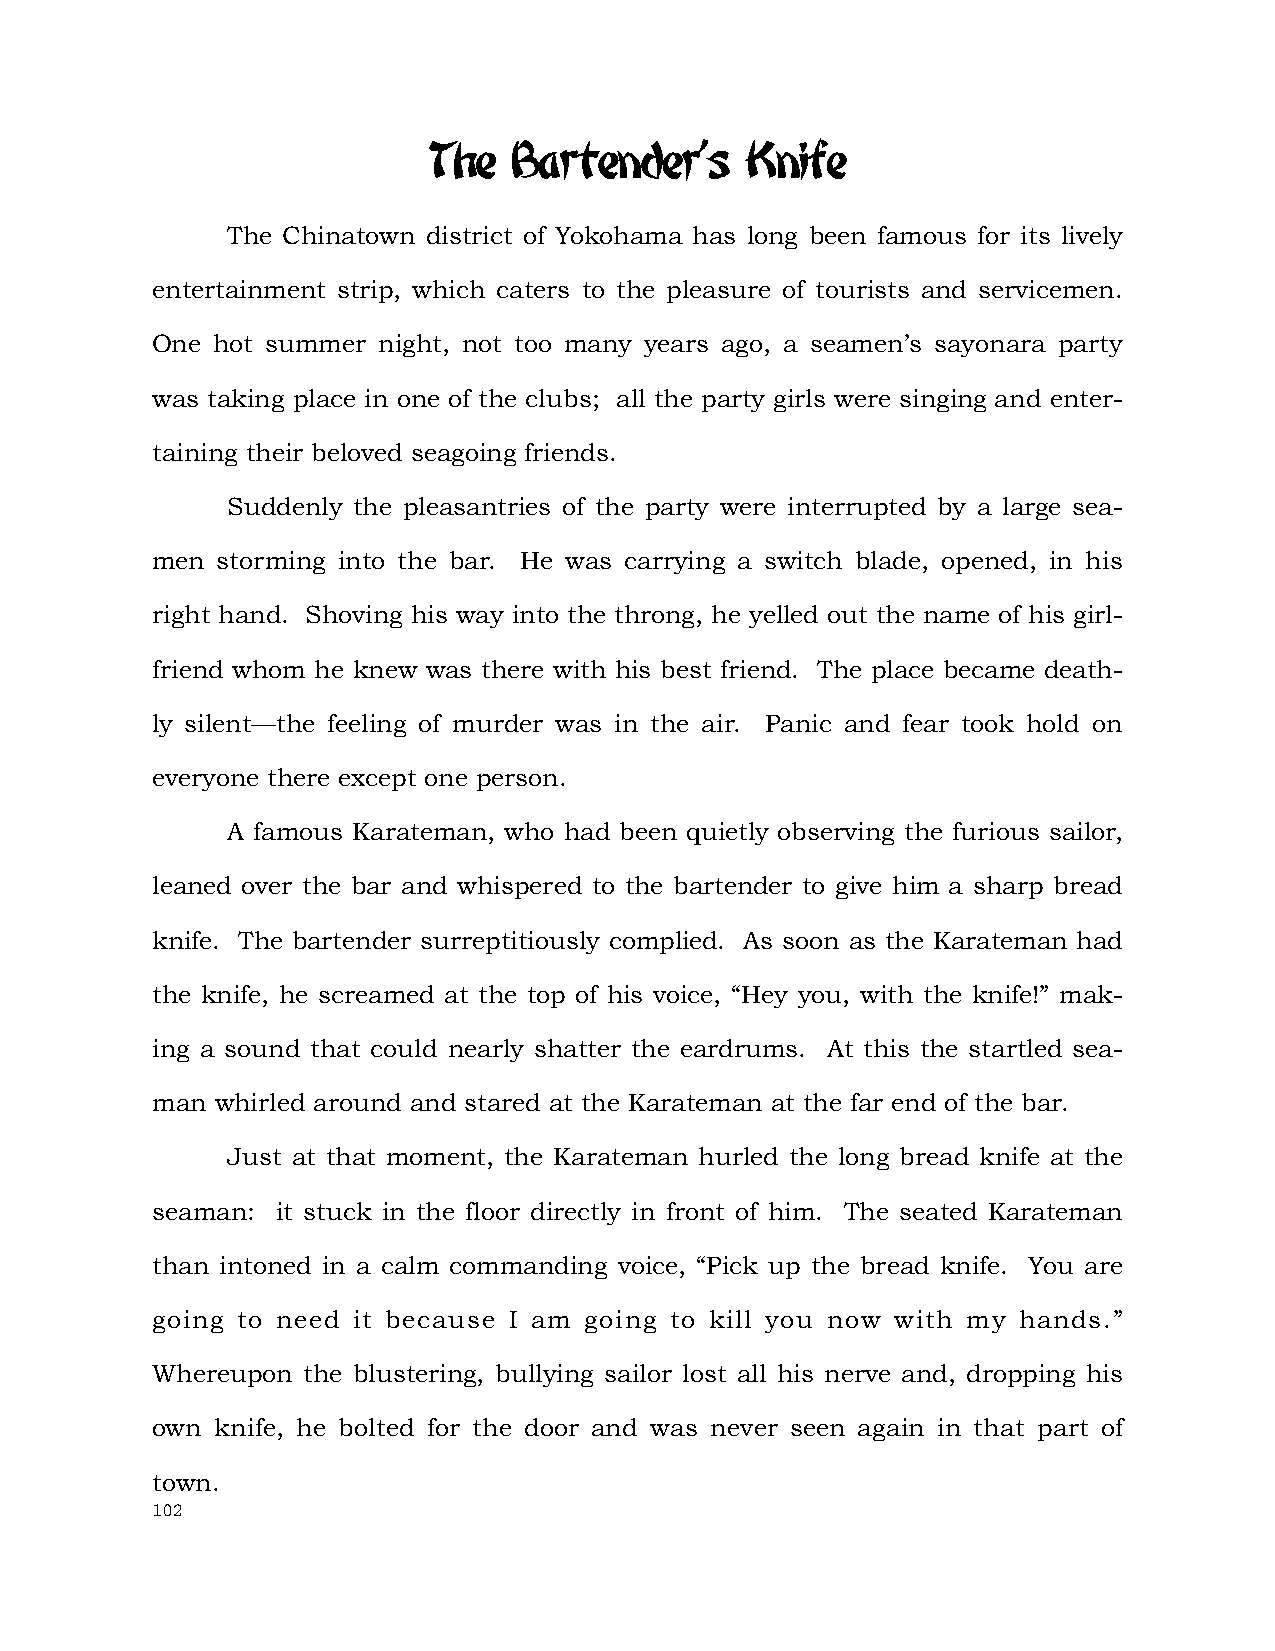
The   Bartender's    Knife
 The Chinatown district of Yokohama has long been famous for its lively
 entertainment strip, which caters to the pleasure of tourists and servicemen.
 One hot summer night, not too many years ago, a seamen’s sayonara party
 was taking place in one of the clubs; all the party girls were singing and enter-
 taining their beloved seagoing friends.
 Suddenly the pleasantries of the party were interrupted by a large sea-
 men storming into the bar. He was carrying a switch blade, opened, in his
 right hand. Shoving his way into the throng, he yelled out the name of his girl-
 friend whom he knew was there with his best friend. The place became death-
 ly silent—the feeling of murder was in the air. Panic and fear took hold on
 everyone there except one person.
 A famous Karateman, who had been quietly observing the furious sailor,
 leaned over the bar and whispered to the bartender to give him a sharp bread
 knife. The bartender surreptitiously complied. As soon as the Karateman had
 the knife, he screamed at the top of his voice, “Hey you, with the knife!” mak-
 ing a sound that could nearly shatter the eardrums. At this the startled sea-
 man whirled around and stared at the Karateman at the far end of the bar.
 Just at that moment, the Karateman hurled the long bread knife at the
 seaman: it stuck in the floor directly in front of him. The seated Karateman
 than intoned in a calm commanding voice, “Pick up the bread knife. You are
 going to need it because I am going to kill you now with my hands.”
 Whereupon the blustering, bullying sailor lost all his nerve and, dropping his
 own knife, he bolted for the door and was never seen again in that part of
 town.
 102